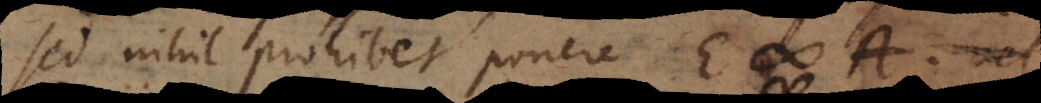
sed nihil prohibet ponere E # A.